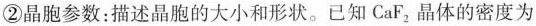
②晶胞参数：描述晶胞的大小和形状。已知CaF_{2}，晶体的密度为